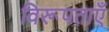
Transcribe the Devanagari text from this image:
विरूपताएँ